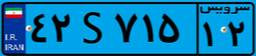
۱۳S۶۸۸۹۱